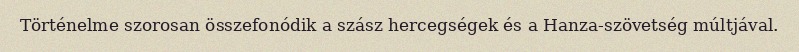
Történelme szorosan összefonódik a szász hercegségek és a Hanza-szövetség múltjával.